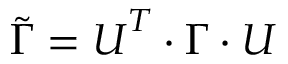
\boldsymbol { \tilde { \Gamma } } = \boldsymbol { U } ^ { T } \cdot \boldsymbol { \Gamma } \cdot \boldsymbol { U }